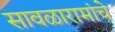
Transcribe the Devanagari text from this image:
सावळारामांचे